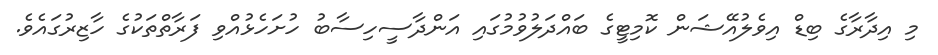
މި އިދާރާގެ ބިޑް އިވެލުއޭޝަން ކޮމިޓީގެ ބައްދަލުވުމުގައި އަންދާސީހިސާބު ހުށަހެޅުއްވި ފަރާތްތަކުގެ ހާޒިރުގައެވެ.